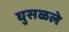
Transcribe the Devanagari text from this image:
घुसळले